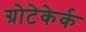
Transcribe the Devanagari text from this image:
ग्रोटेकेर्क